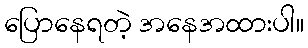
ပြောနေရတဲ့ အနေအထားပါ။